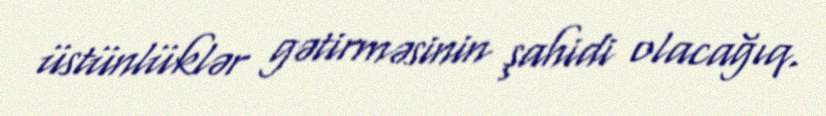
üstünlüklər gətirməsinin şahidi olacağıq.